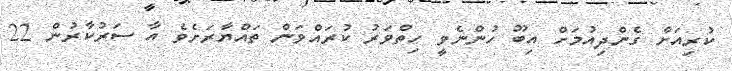
ކުރިއަށް ގެންދިއުމަށް އިބޫ ހުންނެވީ ހިތްވަރު ކުރައްވަން ތައްޔާރަށެވެ އާ ސަރުކާރުން 22